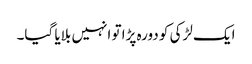
ایک لڑکی کو دورہ پڑا تو انہیں بلایا گیا۔